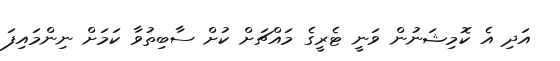
އަދި އެ ކޮމިޝަނުން ވަނީ ޓެރީގެ މައްޗަށް ކުށް ސާބިތުވާ ކަމަށް ނިންމައިފަ